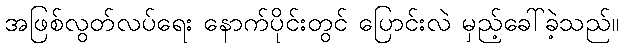
အဖြစ်လွတ်လပ်ရေး နောက်ပိုင်းတွင် ပြောင်းလဲ မှည့်ခေါ်ခဲ့သည်။